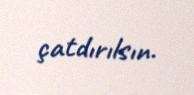
çatdırılsın.